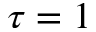
\tau = 1